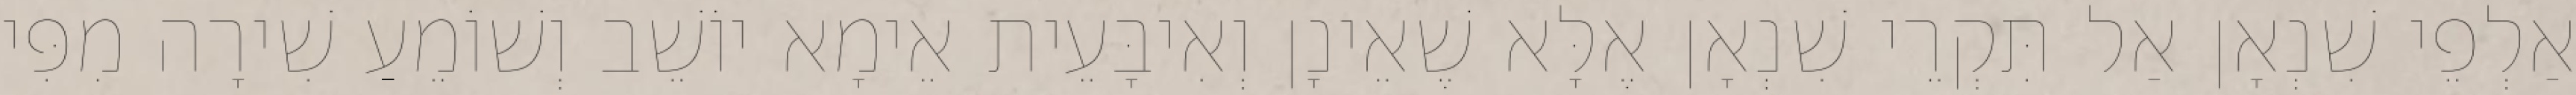
אַלְפֵי שִׁנְאָן אַל תִּקְרֵי שִׁנְאָן אֶלָּא שֶׁאֵינָן וְאִיבָּעֵית אֵימָא יוֹשֵׁב וְשׁוֹמֵעַ שִׁירָה מִפִּי